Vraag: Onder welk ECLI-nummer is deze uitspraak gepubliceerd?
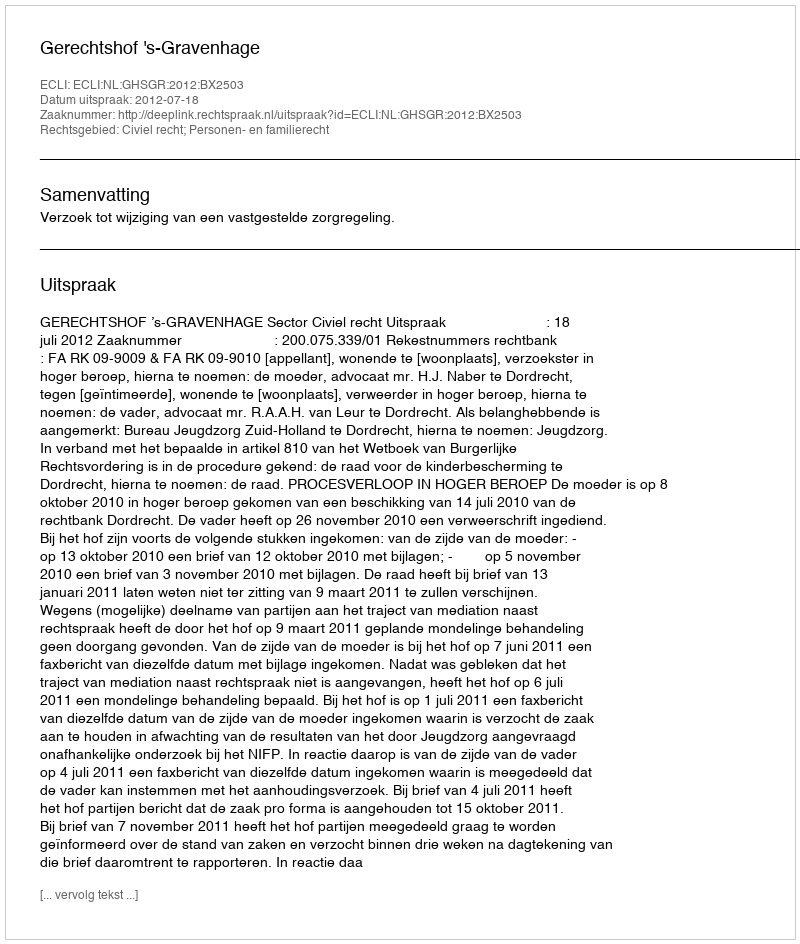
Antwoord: ECLI:NL:GHSGR:2012:BX2503